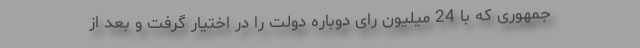
جمهوری که با 24 میلیون رای دوباره دولت را در اختیار گرفت و بعد از